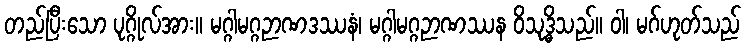
တည်ပြီးသော ပုဂ္ဂိုလ်အား။ မဂ္ဂါမဂ္ဂဉာဏဒဿနံ၊ မဂ္ဂါမဂ္ဂဉာဏဿန ဝိသုဒ္ဓိသည်။ ဝါ၊ မဂ်ဟုတ်သည်